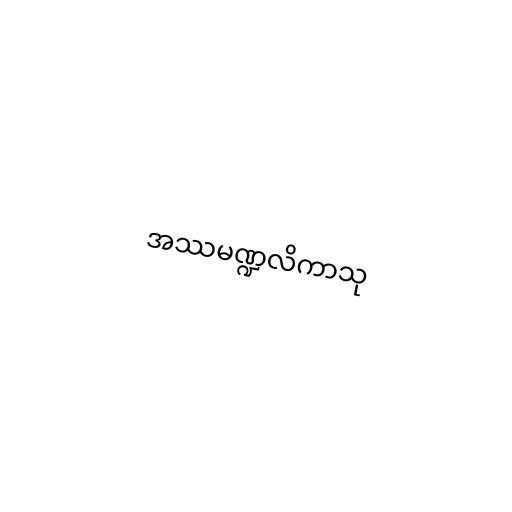
အဿမဏ္ဍလိကာသု